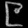
Digit: ၉